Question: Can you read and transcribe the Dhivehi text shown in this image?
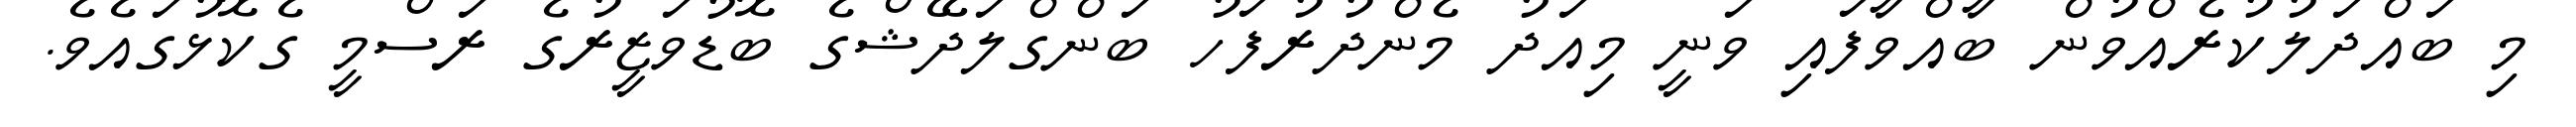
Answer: މި ބައްދަލުކުރެއްވުން ބާއްވާފައި ވަނީ މިއަދު މެންދުރުފަހު ބަންގްލަދޭޝްގެ ބޮޑުވަޒީރުގެ ރަސްމީ ގެކޮޅުގައެވެ.